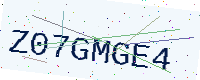
Text: Z07GMGE4